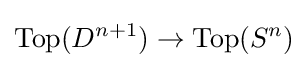
\operatorname {Top} (D^{n+1})\to \operatorname {Top} (S^{n})